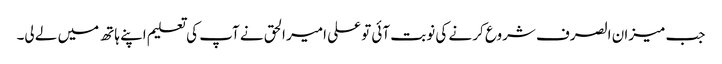
جب میزان الصرف شروع کر نے کی نوبت آئی تو علی امیر الحق نے آپ کی تعلیم اپنے ہاتھ میں لے لی۔